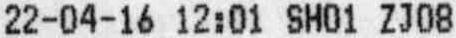
22-04-16 12:01 SH01 ZJ08